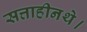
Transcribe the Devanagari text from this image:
सत्ताहीनथे।